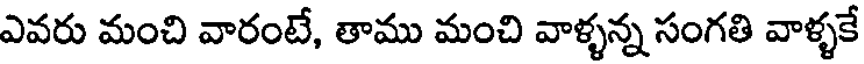
ఎవరు మంచి వారంటే, తాము మంచి వాళ్ళన్న సంగతి వాళ్ళకే